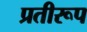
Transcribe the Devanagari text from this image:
प्रतीरूप